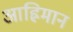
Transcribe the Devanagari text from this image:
आह्रिमान